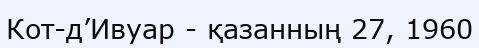
Кот-д’Ивуар - қазанның 27, 1960